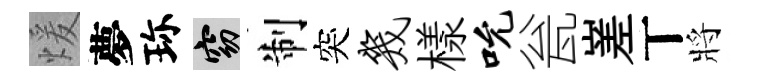
煖夢珎窈制突几樣吮瓮嵳丅將